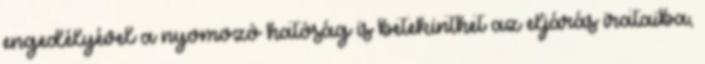
engedélyével a nyomozó hatóság is betekinthet az eljárás irataiba,